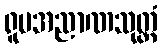
ရူပအညာဏသုတ္တံ